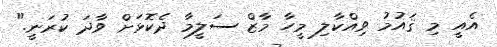
އެއީ މި ޤައުމު ވިއްކާލި މީހާ މާޒް ސަލީމާ ދެކޮޅަށް ވާދަ ކުރަނީ."